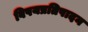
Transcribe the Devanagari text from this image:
विषयप्रतिपादन